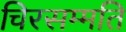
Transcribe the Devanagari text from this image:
चिरसम्मति